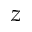
z